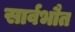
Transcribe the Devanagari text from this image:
सार्वभौत